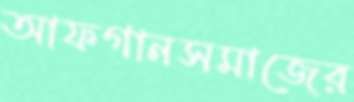
আফগানসমাজের